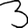
Digit: 3